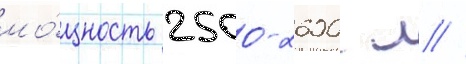
мо́щность 2500-2600 л //